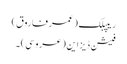
ریپبلک (عمر فاروق)
فیشن ڈیزاین (عروسی) ۔